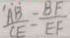
\frac { A B } { C E } = \frac { B F } { E F }